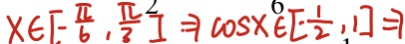
x \in [ - \frac { \pi } { 6 } , \frac { \pi } { 3 } ] = 7 \cos x \in [ - \frac { 1 } { 2 } , 1 ] = 7